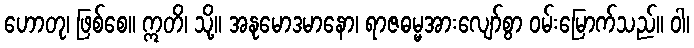
ဟောတု၊ ဖြစ်စေ။ ဣတိ၊ သို့။ အနုမောဒမာနော၊ ရာဇဓမ္မအားလျော်စွာ ဝမ်းမြောက်သည်။ ဝါ၊